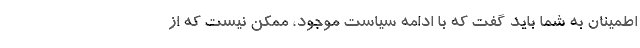
اطمینان به شما باید گفت که با ادامه سیاست موجود، ممکن نیست که از